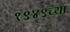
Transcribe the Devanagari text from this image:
१९४९च्या